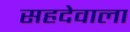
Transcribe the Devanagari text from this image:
सहदेवाला